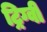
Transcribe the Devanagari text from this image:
ट्रिग्वी